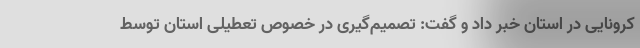
کرونایی در استان خبر داد و گفت: تصمیم‌گیری در خصوص تعطیلی استان توسط